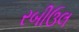
રબીઉલ